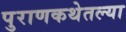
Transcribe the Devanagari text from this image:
पुराणकथेतल्या